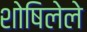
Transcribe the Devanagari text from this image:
शोषिलेले